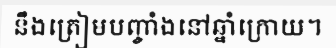
នឹងត្រៀមបញ្ចាំងនៅឆ្នាំក្រោយ។